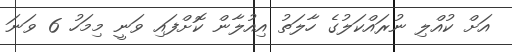
އަށް ކުއްލި ނުރައްކަލުގެ ހާލަތު އިއުލާން ކޮށްފައި ވަނީ މިމަހު 6 ވަނަ